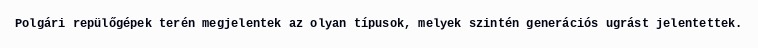
Polgári repülőgépek terén megjelentek az olyan típusok, melyek szintén generációs ugrást jelentettek.